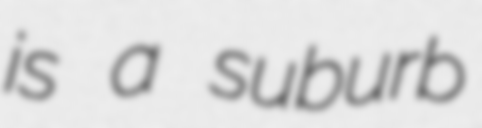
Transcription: is a suburb